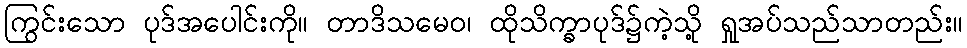
ကြွင်းသော ပုဒ်အပေါင်းကို။ တာဒိသမေဝ၊ ထိုသိက္ခာပုဒ်၌ကဲ့သို့ ရှုအပ်သည်သာတည်း။